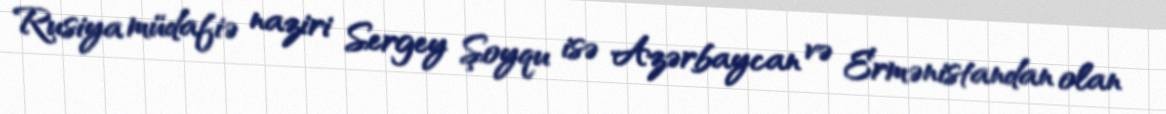
Rusiya müdafiə naziri Sergey Şoyqu isə Azərbaycan və Ermənistandan olan